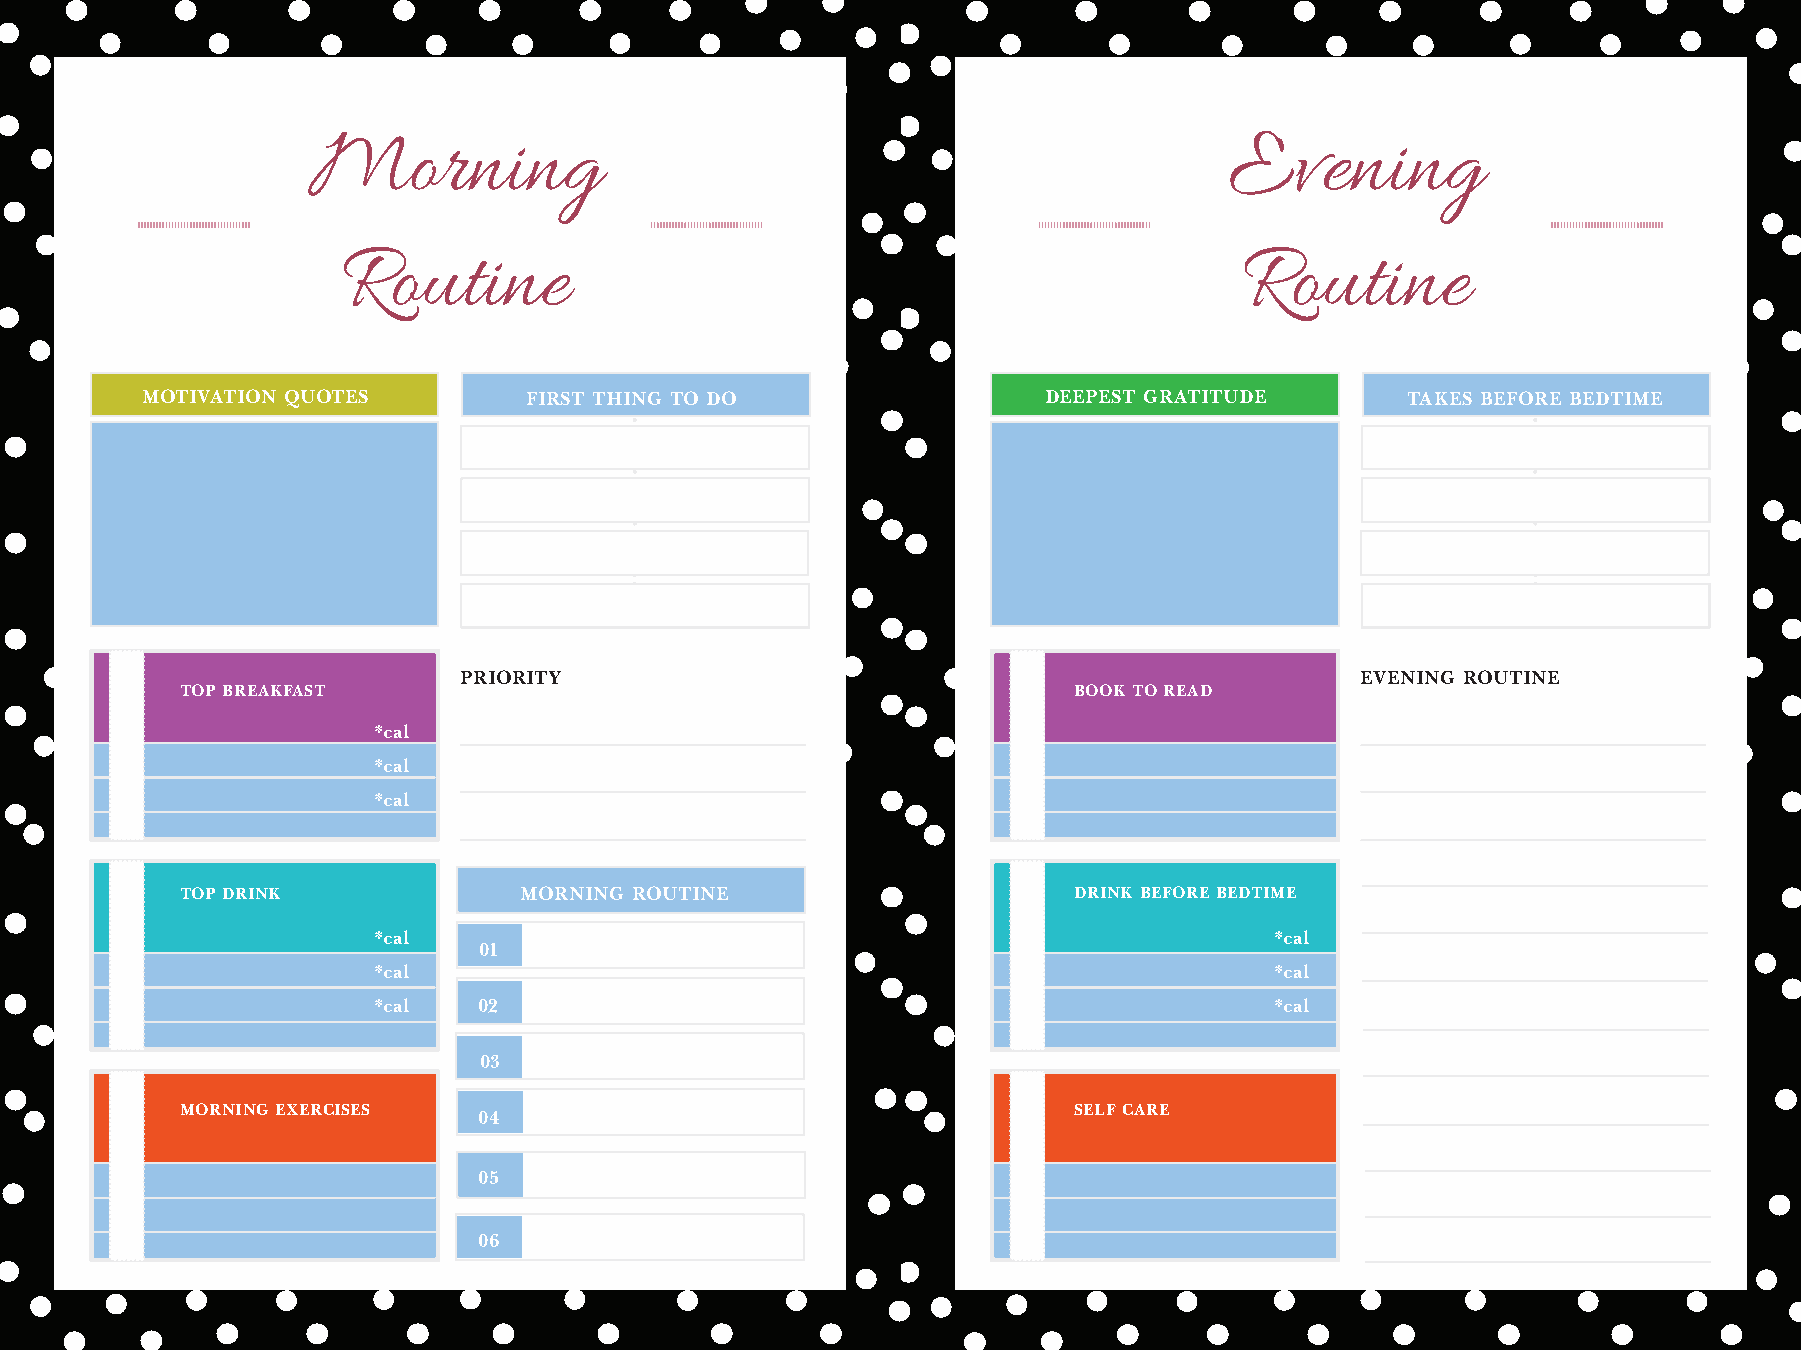
Morning                                                      Evening
 Routine                                                    Routine
 MOTIVATION QUOTES         FIRST THING TO DO                 DEEPEST GRATITUDE       TAKES BEFORE BEDTIME
 PRIORITY                                                    EVENING ROUTINE
 TOP BREAKFAST                                              BOOK TO READ
 *cal
 *cal
 *cal
 TOP DRINK             MORNING ROUTINE                      DRINK BEFORE BEDTIME
 *cal                                                       *cal
 01
 *cal                                                       *cal
 *cal   02                                                  *cal
 03
 MORNING EXERCISES                                          SELF CARE
 04
 05
 06